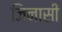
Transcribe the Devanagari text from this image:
जिनासी